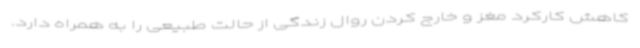
کاهش کارکرد مغز و خارج کردن روال زندگی از حالت طبیعی را به همراه دارد.